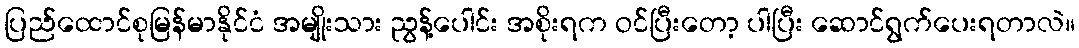
ပြည်ထောင်စုမြန်မာနိုင်ငံ အမျိုးသား ညွန့်ပေါင်း အစိုးရက ဝင်ပြီးတော့ ပါပြီး ဆောင်ရွက်ပေးရတာလဲ။